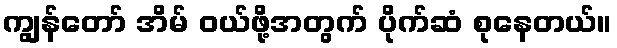
ကျွန်တော် အိမ် ဝယ်ဖို့အတွက် ပိုက်ဆံ စုနေတယ်။